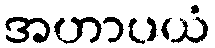
အဟာပယံ